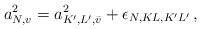
\begin{align*}a_{N,v}^2 = a^2_{K', L', \bar v} + \epsilon_{N, K L, K' L'}\,, \end{align*}